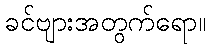
ခင်ဗျားအတွက်ရော။